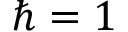
\hbar = 1